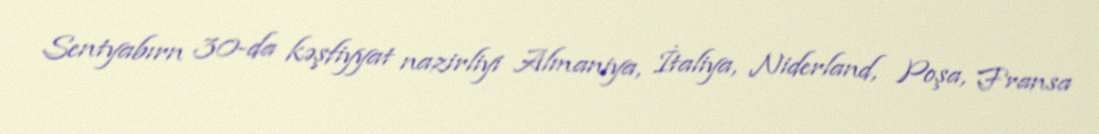
Sentyabırn 30-da kəşfiyyat nazirliyi Almaniya, İtaliya, Niderland, Poşa, Fransa